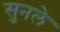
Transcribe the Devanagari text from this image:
सुनले